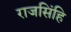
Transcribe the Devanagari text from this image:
राजसिंहि